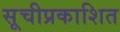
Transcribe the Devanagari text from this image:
सूचीप्रकाशित